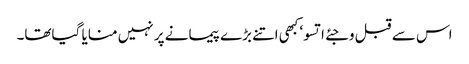
اس سے قبل وجئے اتسو‘ کبھی اتنے بڑے پیمانے پر نہیں منایا گیاتھا۔